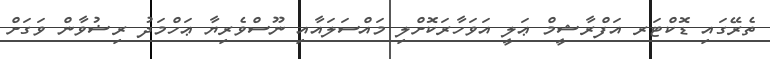
ތެރޭގައި ޑޮކްޓަރ އަފްރާޝީމް ޢަލީ އަވަހާރަކޮށްލި މައްސަލައާއި ނޫސްވެރިޔާ ޢަހްމަދު ރިޟުވާން ވަގަށް